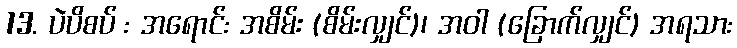
13. ပဲပိစပ် : အရောင်: အစိမ်း (စိမ်းလျှင်)၊ အဝါ (ခြောက်လျှင်) အရသာ: